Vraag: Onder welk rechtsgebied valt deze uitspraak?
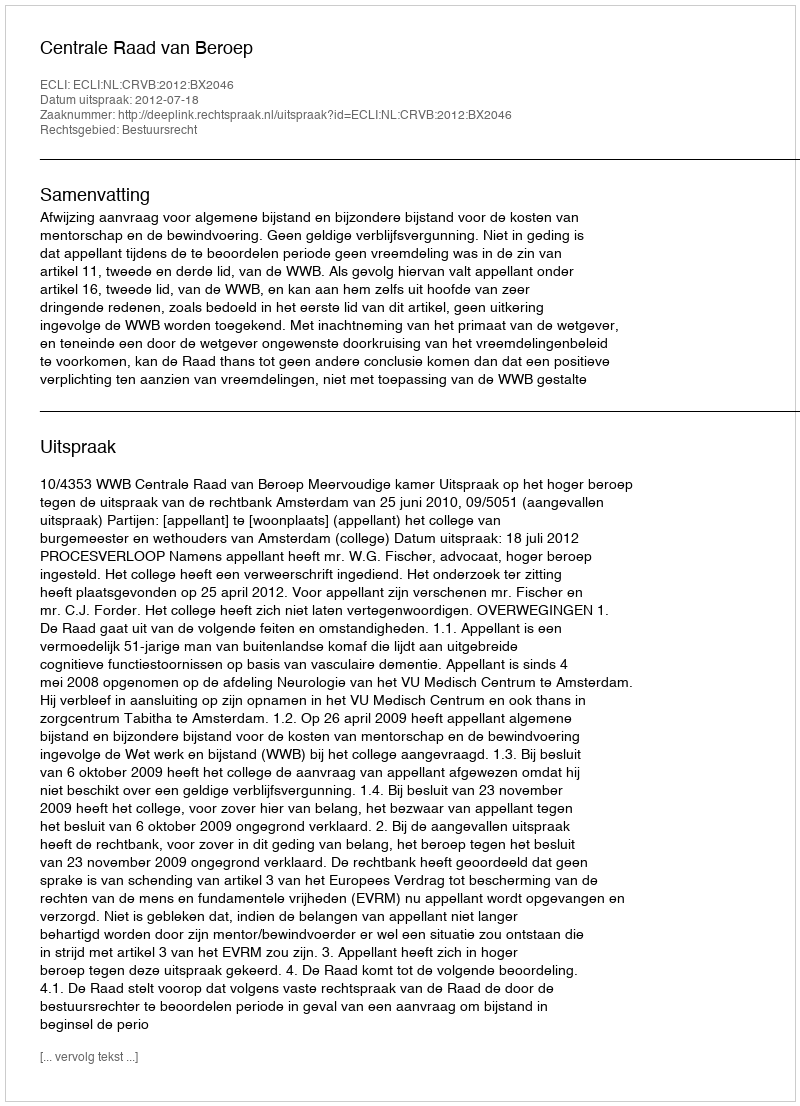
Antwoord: Bestuursrecht